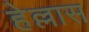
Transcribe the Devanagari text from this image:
हेल्लास